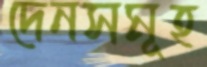
দেনসমূহ